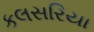
કલસરિયા